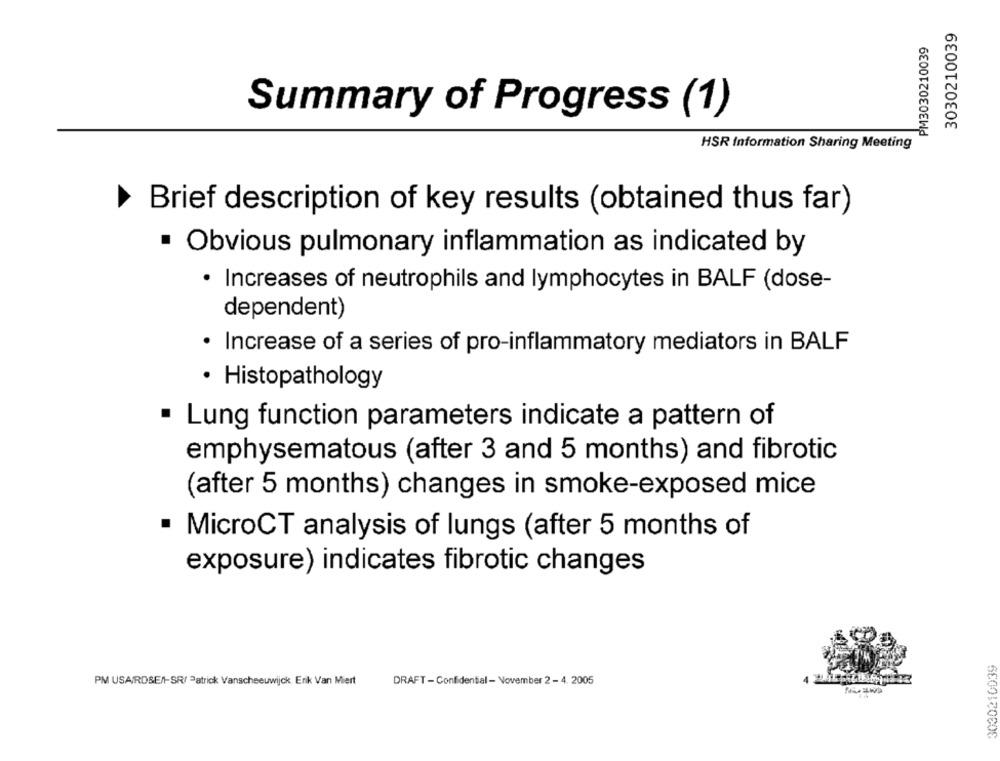
3030210039
PM3030210039
Summary of Progress (1)
HSR Information Sharing Meeting
Brief description of key results (obtained thus far)
· Obvious pulmonary inflammation as indicated by
· Increases of neutrophils and lymphocytes in BALF (dose-
dependent)
Increase of a series of pro-inflammatory mediators in BALF
· Histopathology
· Lung function parameters indicate a pattern of
emphysematous (after 3 and 5 months) and fibrotic
(after 5 months) changes in smoke-exposed mice
MicroCT analysis of lungs (after 5 months of
exposure) indicates fibrotic changes
3030210039
PM USAIRDSEN-SR/ Patrick Vanscheeuwijck Erik Van Miert
DRAFT - Confidential - November 2 - 4. 2005